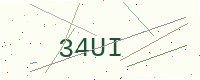
Text: 34UI